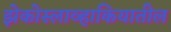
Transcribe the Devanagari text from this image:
झेकोस्लाव्हाकियातील